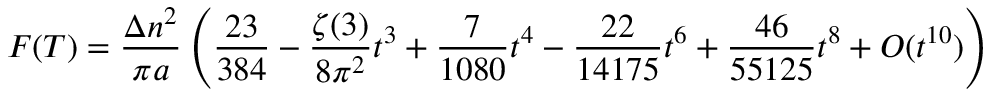
F ( T ) = \frac { \Delta n ^ { 2 } } { \pi a } \left( \frac { 2 3 } { 3 8 4 } - \frac { \zeta ( 3 ) } { 8 \pi ^ { 2 } } t ^ { 3 } + \frac { 7 } { 1 0 8 0 } t ^ { 4 } - \frac { 2 2 } { 1 4 1 7 5 } t ^ { 6 } + \frac { 4 6 } { 5 5 1 2 5 } t ^ { 8 } + { \cal O } ( t ^ { 1 0 } ) \right)